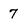
Character: 7